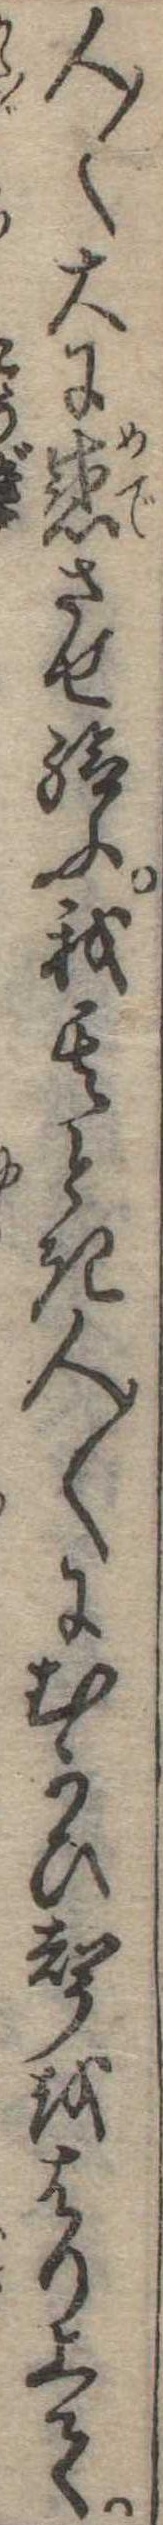
人〱大に感させ給ふ我其とき人〱にむかひ声をはり上て